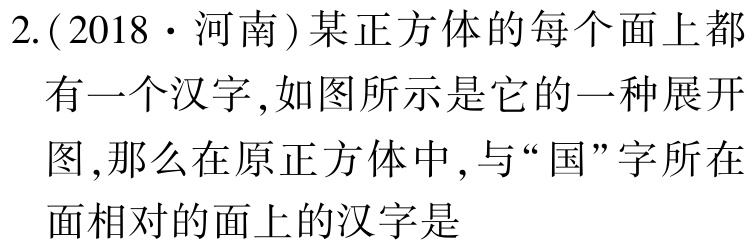
2.(2018·河南)某正方体的每个面上都有一个汉字,如图所示是它的一种展开图,那么在原正方体中,与“国”字所在面相对的面上的汉字是